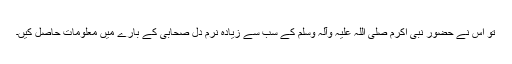
تو اس نے حضور نبی اکرم صلی اللہ علیہ وآلہ وسلم کے سب سے زیادہ نرم دل صحابی کے بارے میں معلومات حاصل کیں۔